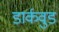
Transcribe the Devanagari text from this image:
डार्कवुड